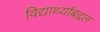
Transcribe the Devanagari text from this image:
विद्यार्थ्यांबद्दल